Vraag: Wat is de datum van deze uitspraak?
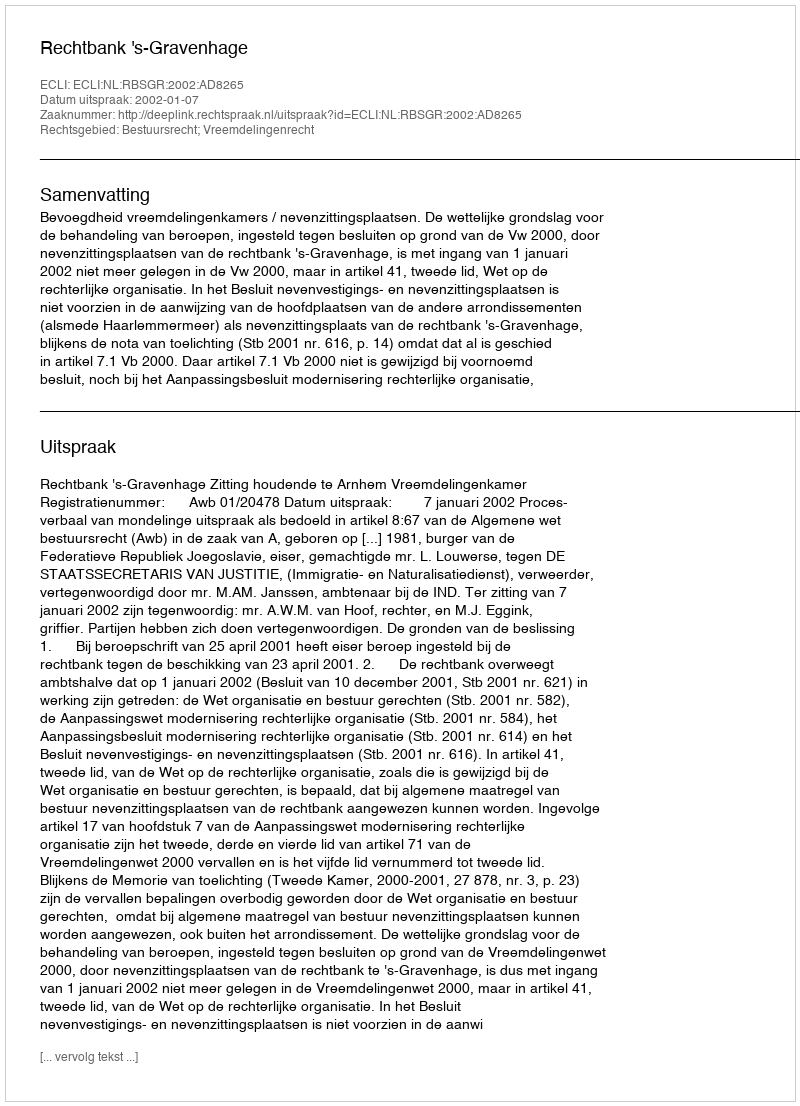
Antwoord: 2002-01-07